Indian journal of veterinary science and animal husbandry - Volumes 26-27, 1956-1957
Year: 1956
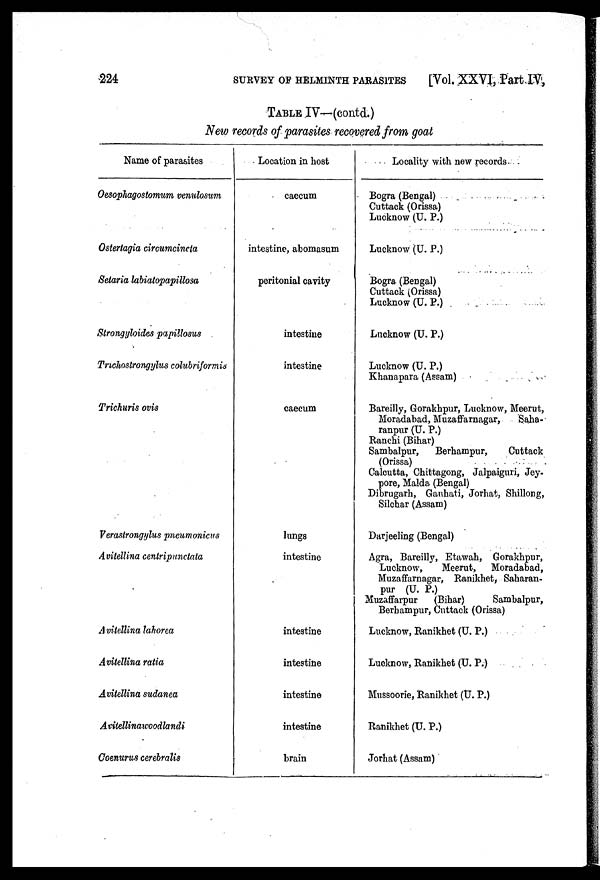
224 SURVEY OF HELMINTH PARASITES [Vol. XXVI, Part IV,
TABLE IV—(contd.)
New records of parasites recovered from goal
Name of parasites
Oesophagostomum venulosum
Ostertagia circumcincta
Setaria labiatopapillosa
Strongyloides papillosus
Trichostrongylus colubriformis
Trichuris ovis
Verastrongylus pneumonicus
Avitellina centripunctata
Avitellina lahorea
Avitellina ratia,
Avitellina sudanea
Avitellinawoodlandi
Coenurus cerebralis
Location in host
caecum
intestine, abomasum
peritonial cavity
intestine
intestine
caecum
lungs
intestine
intestine
intestine
intestine
intestine
brain
Locality with new records
Bogra (Bengal)
Cuttack (Orissa)
Lucknow (U. P.)
Lucknow (U. P.)
Bogra (Bengal)
Cuttack (Orissa)
Lucknow (U. P.)
Lucknow (U. P.)
Lucknow (U. P.)
Khanapara (Assam)
Bareilly, Gorakhpur, Lucknow, Meerut,
Moradabad, Muzaffarnagar,
Saha-
ranpur (U. P.)
Ranchi (Bihar)
Sambalpur,
Berhampur,
Cuttack
(Orissa)
Calcutta, Chittagong, Jalpaiguri, Jey-
pore, Malda (Bengal)
Dibrugarh, Gauhati, Jorhat, Shillong,
Silchar (Assam)
Darjeeling (Bengal)
Agra, Bareilly, Etawah, Gorakhpur,
Lucknow,
Meerut, Moradabad,
Muzaffarnagar, Ranikhet, Saharan-
pur (U. P.)
Muzaffarpur
(Bihar)
Sambalpur,
Berbampur, Cuttack (Orissa)
Lucknow, Ranikhet (U. P.)
Lucknow, Ranikhet (U. P.)
Mussoorie, Ranikhet (U. P.)
Ranikhet (U. P.)
Jorhat (Assam)